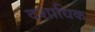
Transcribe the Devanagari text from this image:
दशाधिक